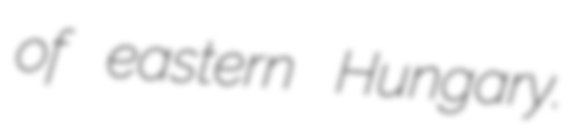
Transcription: of eastern Hungary.